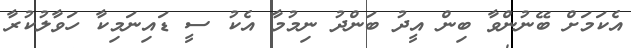
އެކަމަށް ބޭނުންވާ ބިން އީދު ބަންދު ނިމުމާ އެކު ސީ ޑައިނަމިކާ ހަވާލުކުރާ